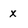
Character: x